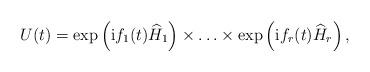
LaTeX: \begin{align*}U(t)=\exp\left({\rm i}f_1(t) \widehat{H}_1\right)\times\ldots\times\exp\left({\rm i}f_r(t) \widehat{H}_r\right){,}\end{align*}